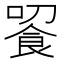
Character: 䬭